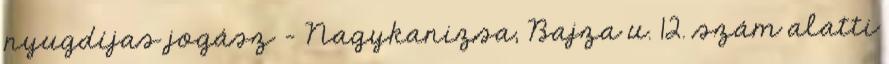
nyugdíjas jogász – Nagykanizsa, Bajza u. 12. szám alatti